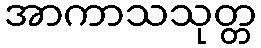
အာကာသသုတ္တ